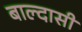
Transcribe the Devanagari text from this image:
बाल्दासी